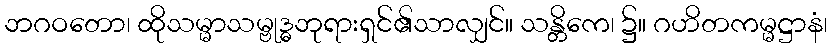
ဘဂဝတော၊ ထိုသမ္မာသမ္ဗုဒ္ဓဘုရားရှင်၏သာလျှင်။ သန္တိကေ၊ ၌။ ဂဟိတကမ္မဋ္ဌာနံ၊